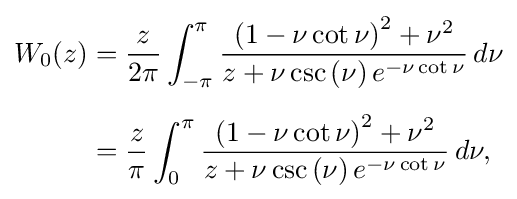
{\begin{aligned}W_{0}(z)&={\frac {z}{2\pi }}\int _{-\pi }^{\pi }{\frac {\left(1-\nu \cot \nu \right)^{2}+\nu ^{2}}{z+\nu \csc \left(\nu \right)e^{-\nu \cot \nu }}}\,d\nu \\[5pt]&={\frac {z}{\pi }}\int _{0}^{\pi }{\frac {\left(1-\nu \cot \nu \right)^{2}+\nu ^{2}}{z+\nu \csc \left(\nu \right)e^{-\nu \cot \nu }}}\,d\nu ,\end{aligned}}